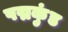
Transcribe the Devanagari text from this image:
पद्मकुंड